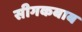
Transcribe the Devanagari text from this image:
सीगकबाब